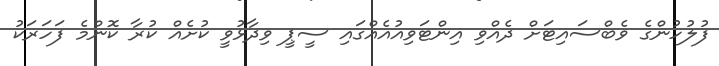
ފުލުހުންގެ ވެބްސައިޓަށް ދެއްވި އިންޓަވިއުއެއްގައި ސީޕީ ވިދާޅުވީ ކުށެއް ކުރާ ކޮންމެ ފަހަރަކު